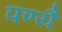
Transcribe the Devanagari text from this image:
पण्यै